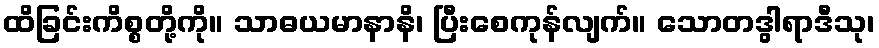
ထိခြင်းကိစ္စတို့ကို။ သာဓယမာနာနိ၊ ပြီးစေကုန်လျက်။ သောတဒွါရာဒီသု၊